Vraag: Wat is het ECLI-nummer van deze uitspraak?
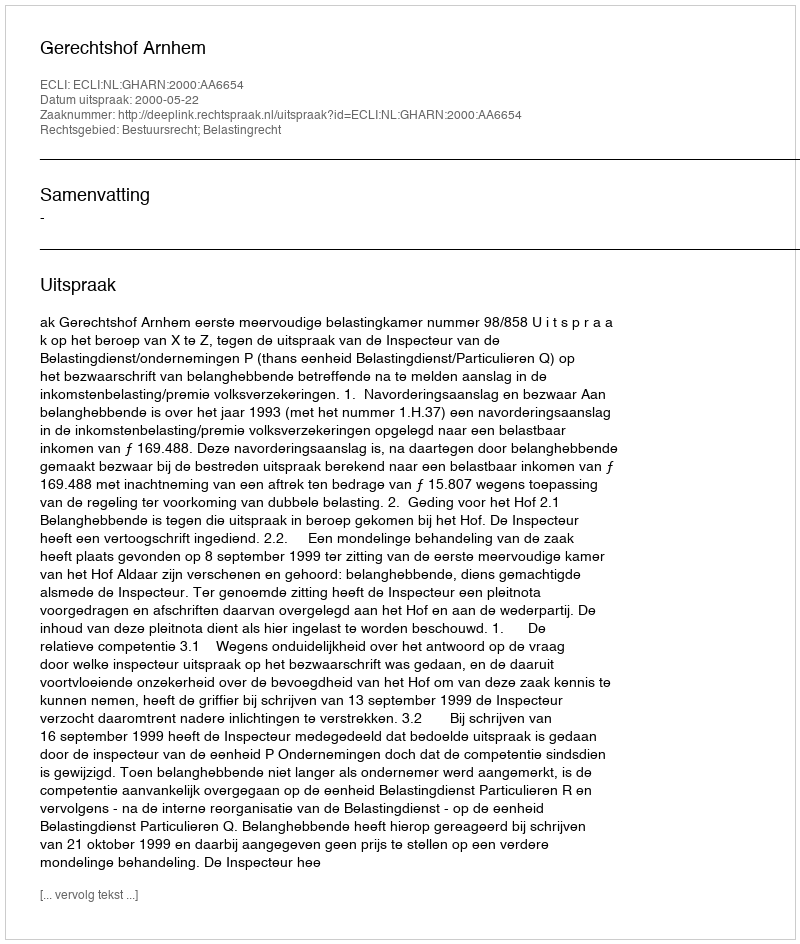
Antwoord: ECLI:NL:GHARN:2000:AA6654